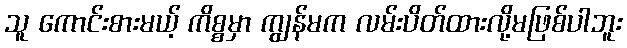
သူ ကောင်းစားမယ့် ကိစ္စမှာ ကျွန်မက လမ်းပိတ်ထားလို့မဖြစ်ပါဘူး